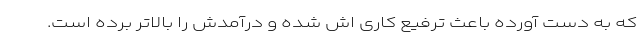
که به دست آورده باعث ترفیع کاری اش شده و درآمدش را بالاتر برده است.